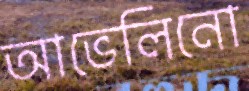
আভেলিনো